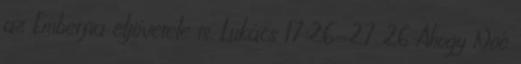
az Emberfia eljövetele is. Lukács 17:26-27 26 Ahogy Noé